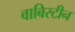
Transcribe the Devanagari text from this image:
वाबिस्टीन